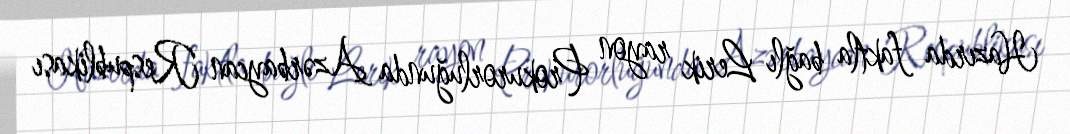
Hazırda faktla bağlı Lerik rayon Prokurorluğunda Azərbaycan Respublikası